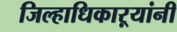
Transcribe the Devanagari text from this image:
जिल्हाधिकाऱ्यांनी